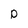
Character: D